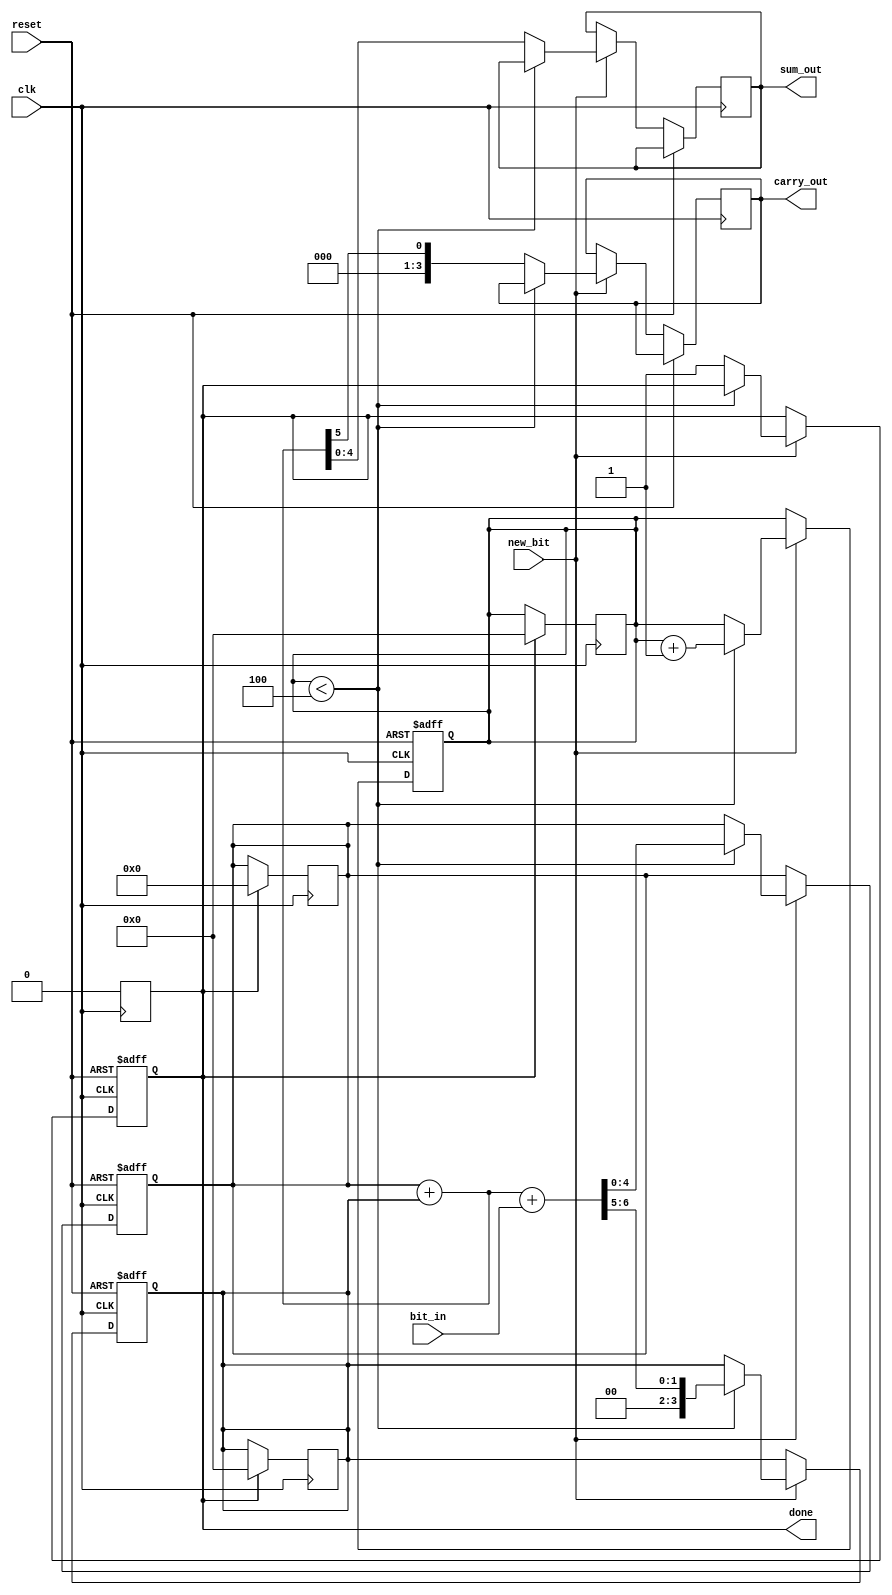
module CarrySaveAdder(
    input wire clk,              // Clock signal
    input wire reset,            // Reset signal
    input wire new_bit,          // Control signal indicating a new bit is available
    input wire [N-1:0] bit_in,   // Serial input bit (N bits for N inputs)
    output reg [N:0] sum_out,    // Output sum
    output reg [N-1:0] carry_out, // Output carry
    output reg done              // Indicates when the addition is complete
);
    parameter N = 4; // Number of inputs (can be adjusted)

    reg [N:0] sum;    // Intermediate sum
    reg [N-1:0] carry; // Intermediate carry
    reg [3:0] count;   // Bit counter
    reg processing;     // Processing flag

    // Sequential logic for processing input bits
    always @(posedge clk or posedge reset) begin
        if (reset) begin
            sum <= 0;
            carry <= 0;
            count <= 0;
            processing <= 0;
            done <= 0;
        end else if (new_bit) begin
            if (count < N) begin
                // Perform carry-save addition
                {carry, sum} <= sum + carry + bit_in; // Add current input to sum and carry
                count <= count + 1; // Increment the count of bits processed
                processing <= 1; // Set processing flag
            end else begin
                // Final addition after all bits are received
                // Here we can add the final carry to the sum
                {carry_out, sum_out} <= {1'b0, sum} + carry; // Final addition
                done <= 1; // Set done flag
                processing <= 0; // Clear processing flag
            end
        end
    end

    // Output logic
    always @(posedge clk) begin
        if (done) begin
            // Reset done flag for next operation
            done <= 0;
            sum <= 0;
            carry <= 0;
            count <= 0;
        end
    end
endmodule